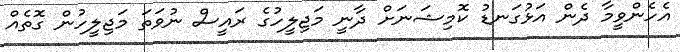
އެހެންވީމާ ދެން އަޅުގަނޑު ކޮމިޝަނަށް ދާނީ މަޖިލީހުގެ ރައީސް ނުވަތަ މަޖިލީހުން ގޮތެއް